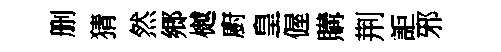
删猜然郷樾廚皇偓購荆詎邪